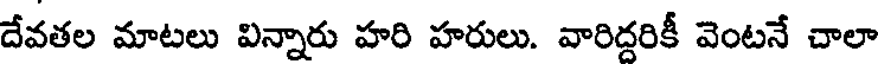
దేవతల మాటలు విన్నారు హరి హరులు. వారిద్దరికీ వెంటనే చాలా